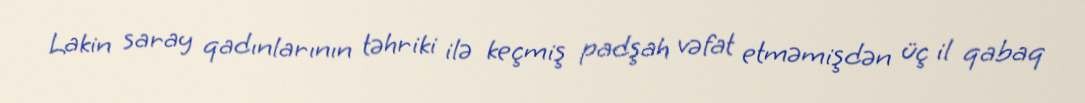
Lakin saray qadınlarının təhriki ilə keçmiş padşah vəfat etməmişdən üç il qabaq